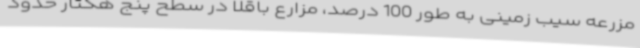
مزرعه سیب زمینی به طور 100 درصد، مزارع باقلا در سطح پنج هکتار حدود